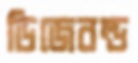
ডিজেবল্ড